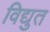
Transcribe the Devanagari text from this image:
विद्युत